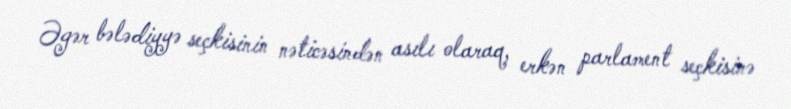
Əgər bələdiyyə seçkisinin nəticəsindən asılı olaraq, erkən parlament seçkisinə